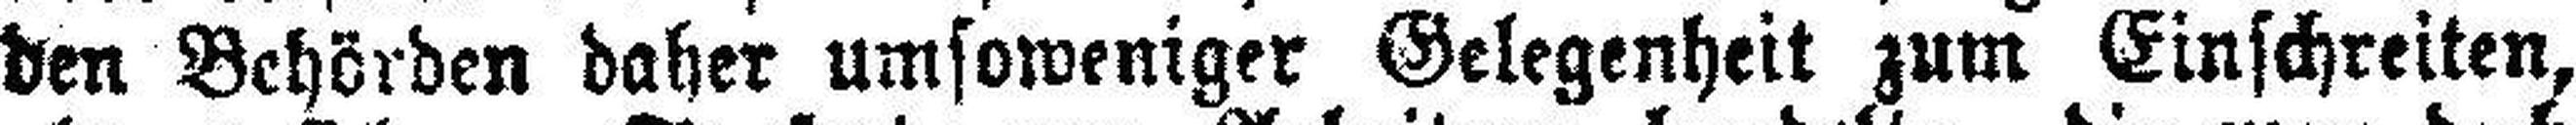
den Behörden daher umsoweniger Gelegenheit zum Einschreiten,